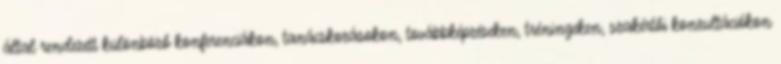
által rendezett különböző konferenciákon, tanácskozásokon, továbbképzéseken, tréningeken, szakértői konzultációkon